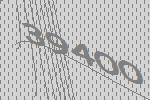
39400